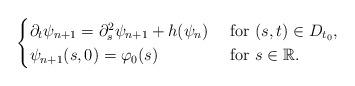
LaTeX: \begin{align*}\begin{cases}\partial_t \psi_{n+1}=\partial^2_s \psi_{n+1}+h(\psi_n)~&\mbox{for}~(s,t)\in D_{t_0},\\\psi_{n+1}(s,0)=\varphi_0(s) &\mbox{for}~ s\in\mathbb R.\end{cases}\end{align*}